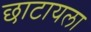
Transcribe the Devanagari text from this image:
छाटायला